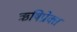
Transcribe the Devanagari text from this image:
ऋषिप्रोक्त